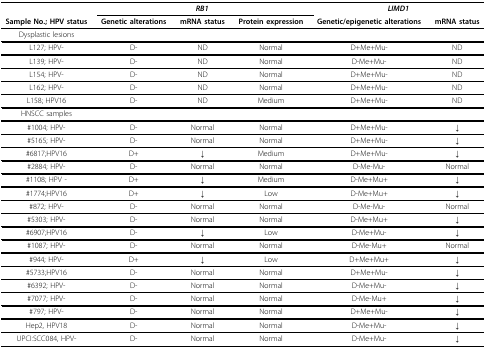
|  | <COLSPAN=3> RB1 | <COLSPAN=2> LIMD1 |
 | Sample No.; HPV status | Genetic alterations | mRNA status | Protein expression | Genetic/epigenetic alterations | mRNA status |
 | --- | --- | --- | --- | --- | --- |
 | Dysplastic lesions |  |  |  |  |  |
 | L127; HPV- | D- | ND | Normal | D+Me+Mu- | ND |
 | L139; HPV- | D- | ND | Normal | D-Me+Mu- | ND |
 | L154; HPV- | D- | ND | Normal | D+Me+Mu- | ND |
 | L162; HPV- | D- | ND | Normal | D+Me+Mu- | ND |
 | L158; HPV16 | D- | ND | Medium | D+Me+Mu- | ND |
 | HNSCC samples |  |  |  |  |  |
 | #1004; HPV- | D- | Normal | Normal | D+Me+Mu- | ↓ |
 | #5165; HPV- | D- | Normal | Normal | D+Me+Mu- | ↓ |
 | #6817;HPV16 | D+ | ↓ | Medium | D+Me+Mu- | ↓ |
 | #2884; HPV- | D- | Normal | Normal | D-Me-Mu- | Normal |
 | #1108; HPV - | D+ | ↓ | Medium | D-Me+Mu+ | ↓ |
 | #1774;HPV16 | D+ | ↓ | Low | D-Me+Mu+ | ↓ |
 | #872; HPV- | D- | Normal | Normal | D-Me-Mu- | Normal |
 | #5303; HPV- | D- | Normal | Normal | D-Me+Mu+ | ↓ |
 | #6907;HPV16 | D- | ↓ | Low | D-Me+Mu- | ↓ |
 | #1087; HPV- | D- | Normal | Normal | D-Me-Mu+ | Normal |
 | #944; HPV- | D+ | ↓ | Low | D+Me+Mu+ | ↓ |
 | #5733;HPV16 | D- | Normal | Normal | D+Me+Mu- | ↓ |
 | #6392; HPV- | D- | Normal | Normal | D-Me+Mu- | ↓ |
 | #7077; HPV- | D- | Normal | Normal | D-Me-Mu+ | ↓ |
 | #797; HPV- | D- | Normal | Normal | D+Me+Mu- | ↓ |
 | Hep2, HPV18 | D- | Normal | Normal | D-Me+Mu- | ↓ |
 | UPCI:SCC084, HPV- | D- | Normal | Normal | D-Me+Mu- | ↓ |